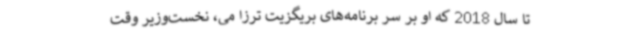
تا سال 2018 که او بر سر برنامه‌های بریگزیت ترزا می، نخست‌وزیر وقت